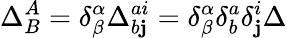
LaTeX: \Delta_{B}^{A}=\delta_{\beta}^{\alpha}\Delta_{b\mathbf{j}}^{ai}=\delta_{\beta}^{\alpha}\delta_{b}^{a}\delta_{\mathbf{j}}^{i}\Delta